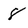
Character: 8